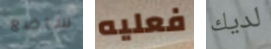
ساضع فعليه لديك